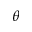
\theta